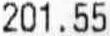
201.55